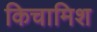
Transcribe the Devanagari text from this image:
किचामिश